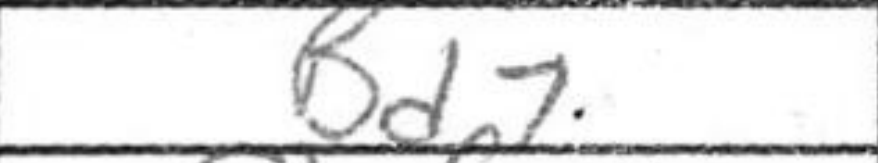
Transcription: Bd7